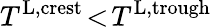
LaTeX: T^{\textnormal{L,crest}}\! <\! T^{\textnormal{L,trough}}